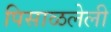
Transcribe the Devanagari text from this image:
पिसाळलेली